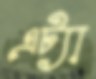
এট্যা